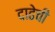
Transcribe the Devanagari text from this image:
दाढेची